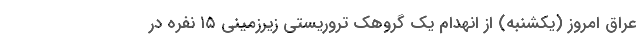
عراق امروز (یکشنبه) از انهدام یک گروهک تروریستی زیرزمینی ۱۵ نفره در